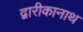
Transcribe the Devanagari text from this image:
द्वारीकानाथ